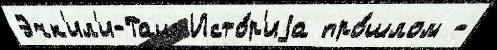
Эчк'ил'и-Таш Исто́р'иjа про́шлом -